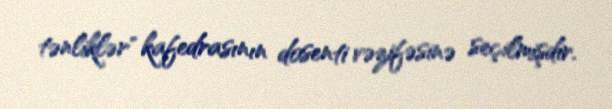
tənliklər" kafedrasının dosenti vəzifəsinə seçilmişdir.